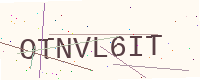
Text: OTNVL6IT